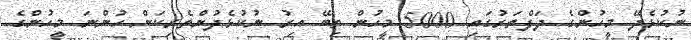
ނުކުޅެދޭ މީހުންގެ ދަފްތަރުގައި 5000 މީހުން ތިބޭ އިރު ނުކުޅެދުންތެރިކަން ހުންނަ މީހުންގެ